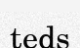
teds